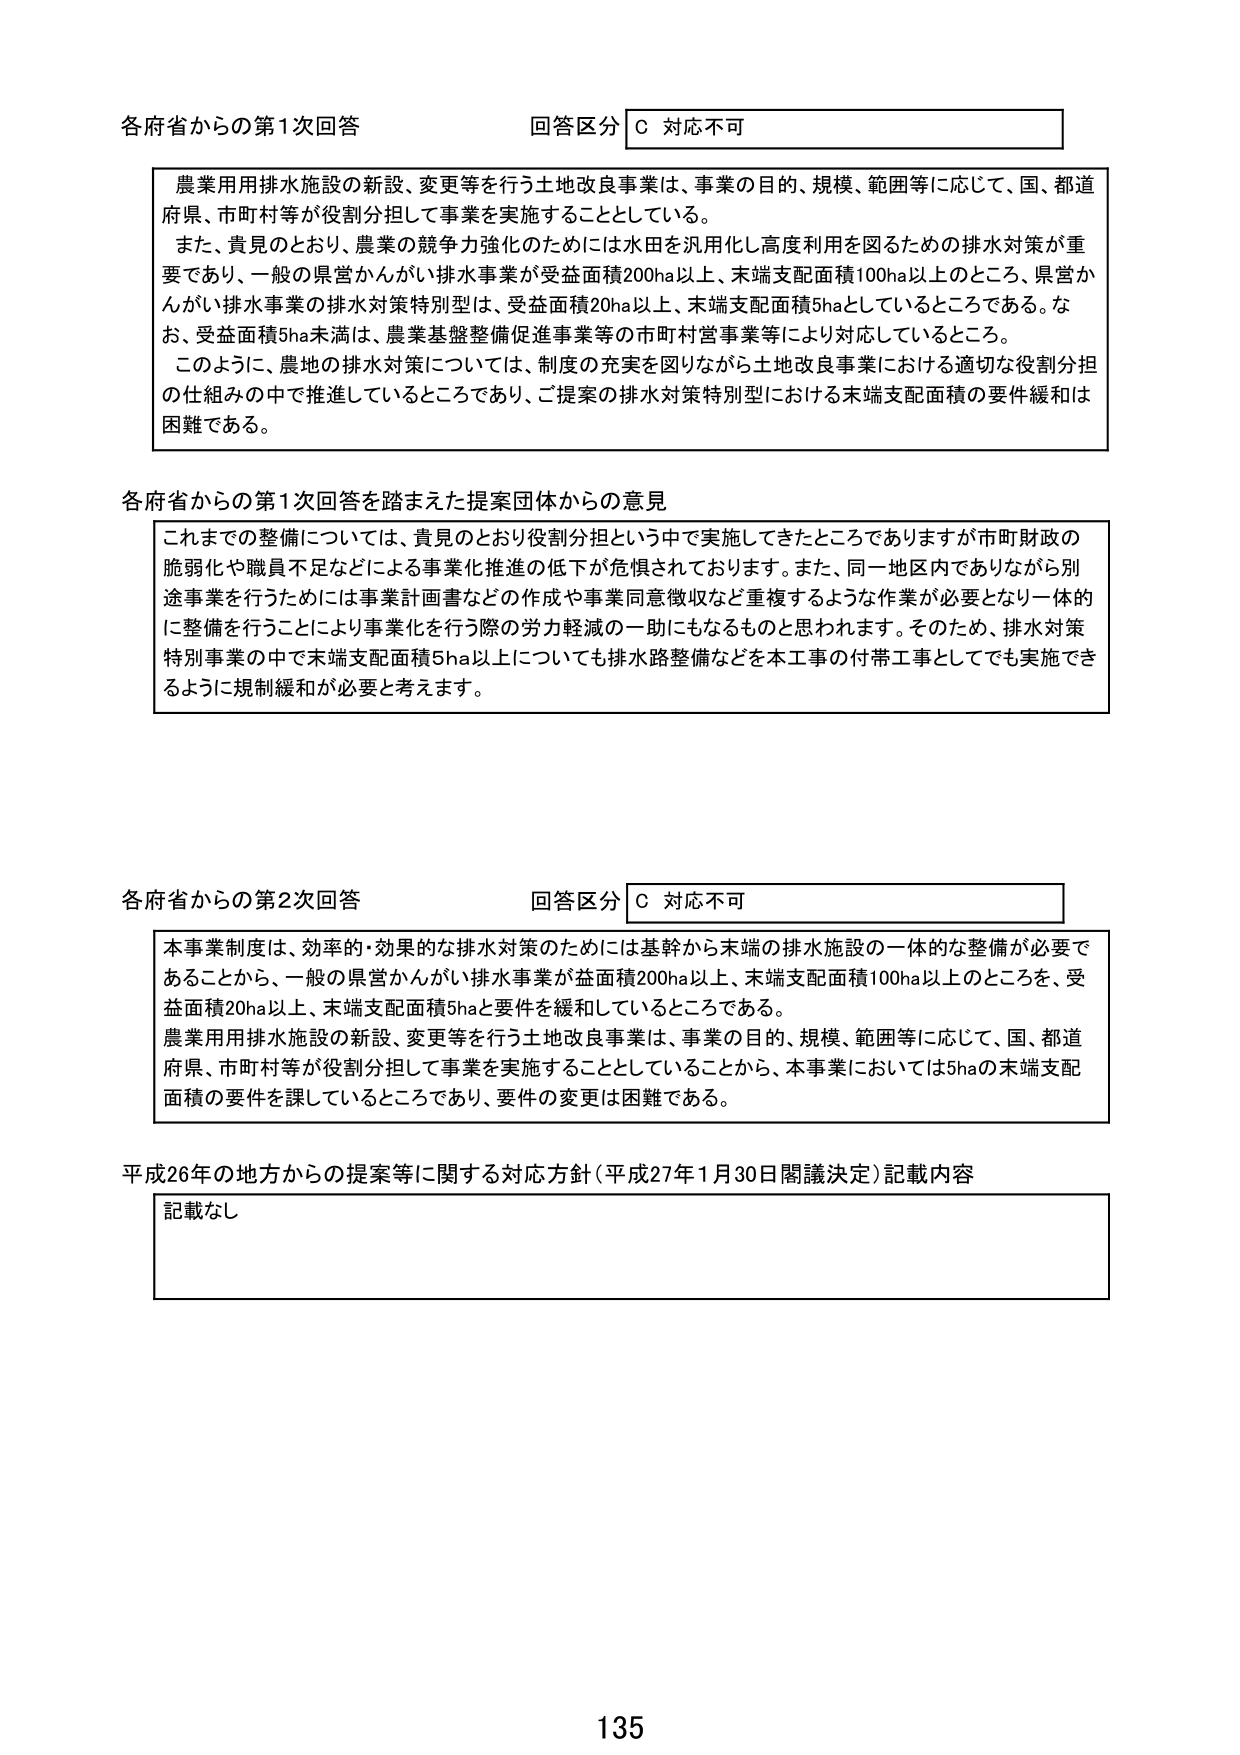
各府省からの第1次回答 回答区分 C 対応不可

農業用用排水施設の新設、変更等を行う土地改良事業は、事業の目的、規模、範囲等に応じて、国、都道府県、市町村等が役割分担して事業を実施することとしている。
また、貴見のとおり、農業の競争力強化のためには水田を汎用化し高度利用を図るための排水対策が重要であり、一般の県営かんがい排水事業が受益面積200ha以上、末端支配面積100ha以上のこと、県営かんがい排水事業の排水対策特別型は、受益面積20ha以上、末端支配面積5haとしているところである。なお、受益面積5ha未満は、農業基盤整備促進事業等の市町村営事業等により対応しているところ。
このように、農地の排水対策については、制度の充実を図りながら土地改良事業における適切な役割分担の仕組みの中で推進しているところであり、ご提案の排水対策特別型における末端支配面積の要件緩和は困難である。

各府省からの第1次回答を踏まえた提案団体からの意見

これまでの整備については、貴見のとおり役割分担という中で実施してきたところではありますが市町財政の脆弱化や職員不足などによる事業化推進の低下が危惧されております。また、同一地区内でありながら別途事業を行うためには事業計画書などの作成や事業同意徴収など重複するような作業が必要となり一体的に整備を行うことにより事業化を行う際の労力軽減の一助にもなるものと思われます。そのため、排水対策特別事業の中で末端支配面積5ha以上についても排水路整備などを本工事の付帯工事としても実施できるように規制緩和が必要と考えます。

各府省からの第2次回答 回答区分 C 対応不可

本事業制度は、効率的・効果的な排水対策のためには基幹から末端の排水施設の一体的な整備が必要であることから、一般の県営かんがい排水事業が益面積200ha以上、末端支配面積100ha以上ところを、受益面積20ha以上、末端支配面積5haと要件を緩和しているところである。
農業用用排水施設の新設、変更等を行う土地改良事業は、事業の目的、規模、範囲等に応じて、国、都道府県、市町村等が役割分担して事業を実施することとしていることから、本事業においては5haの末端支配面積の要件を課しているところであり、要件の変更は困難である。

平成26年の地方からの提案等に関する対応方針（平成27年1月30日閣議決定）記載内容

記載なし

135